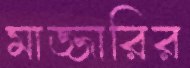
মাজ্জারির